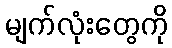
မျက်လုံးတွေကို